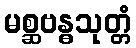
မစ္ဆဗန္ဓသုတ္တံ